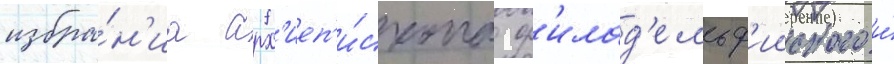
избра́н'иа арх'иеп'и́скопа ф'илад'ельф'ииского и́